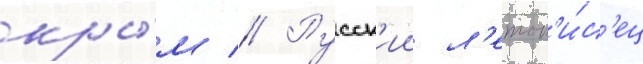
кры́м // Русск'ии л'етоп'и́с'ец